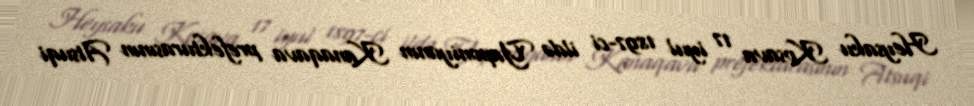
Heysaku Kosava 17 iyul 1897-ci ildə Yaponiyanın Kanaqava prefekturasının Atsuqi